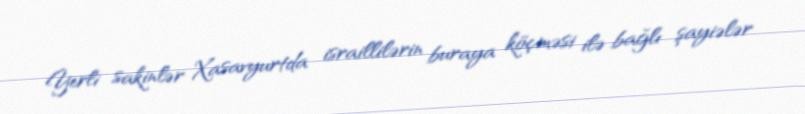
Yerli sakinlər Xasavyurtda israillilərin buraya köçməsi ilə bağlı şayiələr